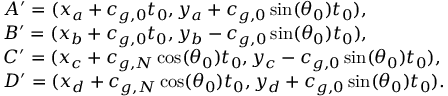
\begin{array} { r l } & { A ^ { \prime } = ( x _ { a } + c _ { g , 0 } t _ { 0 } , y _ { a } + c _ { g , 0 } \sin ( \theta _ { 0 } ) t _ { 0 } ) , } \\ & { B ^ { \prime } = ( x _ { b } + c _ { g , 0 } t _ { 0 } , y _ { b } - c _ { g , 0 } \sin ( \theta _ { 0 } ) t _ { 0 } ) , } \\ & { C ^ { \prime } = ( x _ { c } + c _ { g , N } \cos ( \theta _ { 0 } ) t _ { 0 } , y _ { c } - c _ { g , 0 } \sin ( \theta _ { 0 } ) t _ { 0 } ) , } \\ & { D ^ { \prime } = ( x _ { d } + c _ { g , N } \cos ( \theta _ { 0 } ) t _ { 0 } , y _ { d } + c _ { g , 0 } \sin ( \theta _ { 0 } ) t _ { 0 } ) . } \end{array}